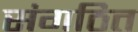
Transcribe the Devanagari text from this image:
संगठित